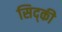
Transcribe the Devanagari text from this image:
सिद्की